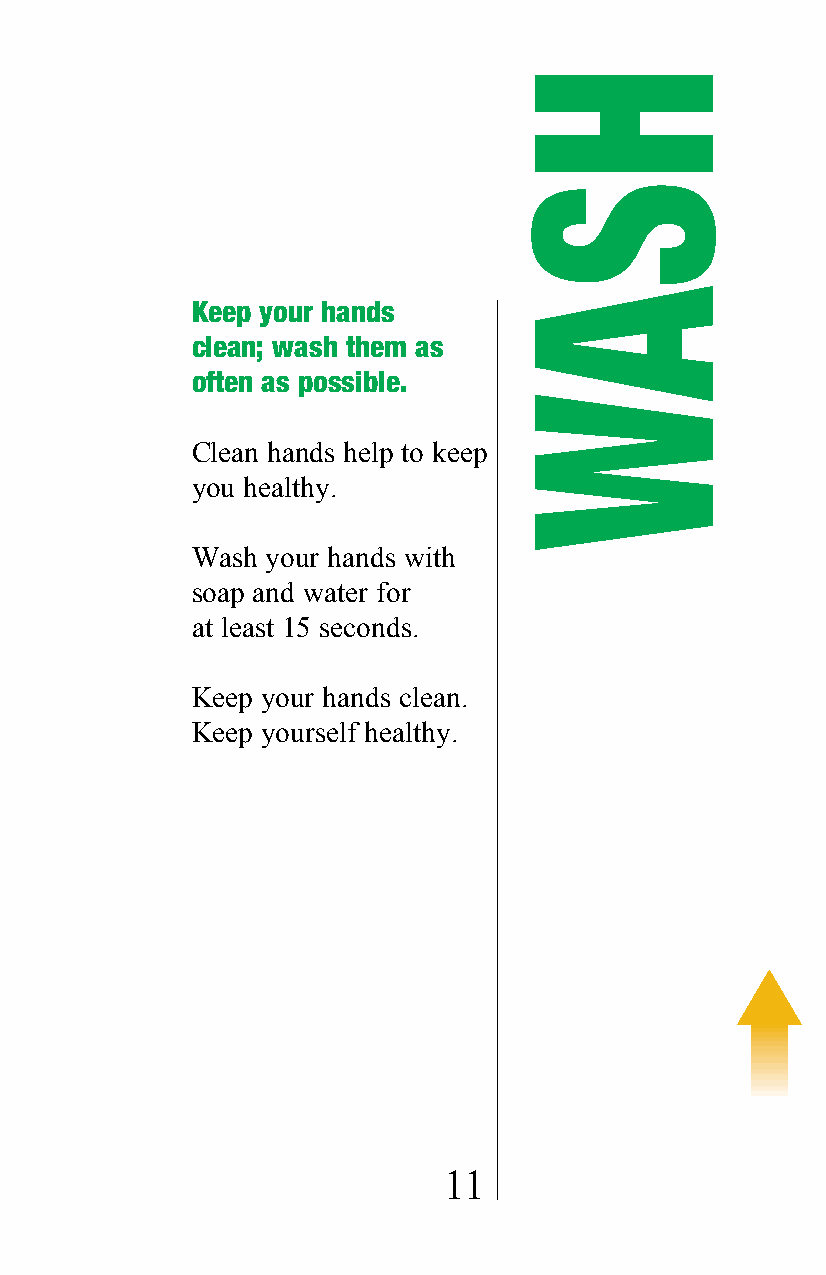
Keep your hands
 clean; wash them as
 often as possible.
 Clean hands help to keep
 you healthy.
 Wash your hands with
 soap and water for
 at least 15 seconds.
 Keep your hands clean.
 Keep yourself healthy.
 11
 HSAW